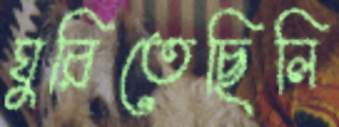
ঘুরিতেছিলি